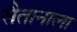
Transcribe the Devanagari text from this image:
सैतानाला